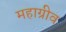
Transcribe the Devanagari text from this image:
महाग्रीव